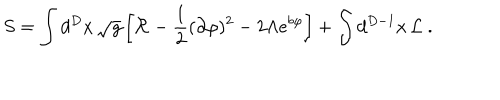
S = \int d ^ { D } x \, \sqrt { g } \left[ { \cal R } - \frac { 1 } { 2 } ( \partial \varphi ) ^ { 2 } - 2 \Lambda e ^ { b \varphi } \right] + \int d ^ { D - 1 } x \, { \cal L } \ .